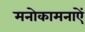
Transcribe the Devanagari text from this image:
मनोकामनाऐं